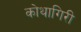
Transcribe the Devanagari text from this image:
कोथागिरी